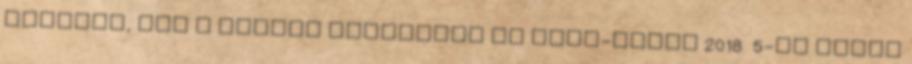
árulják, nem a filmet Megjelent az Autó-Motor 2018 5-ös száma